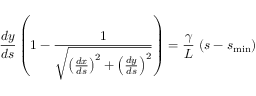
\frac { d y } { d s } \left( 1 - \frac { 1 } { \sqrt { \left( \frac { d x } { d s } \right) ^ { 2 } + \left( \frac { d y } { d s } \right) ^ { 2 } } } \right) = \frac { \gamma } { L } ~ \! \left( s - s _ { \mathrm { m i n } } \right)